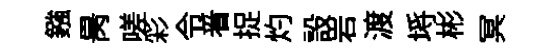
鏹昺嗟彩令㸔捉灼設岩渡埓彬冥